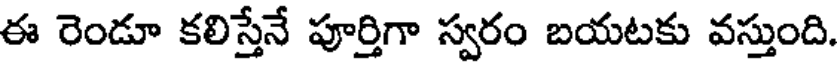
ఈ రెండూ కలిస్తేనే పూర్తిగా స్వరం బయటకు వస్తుంది.